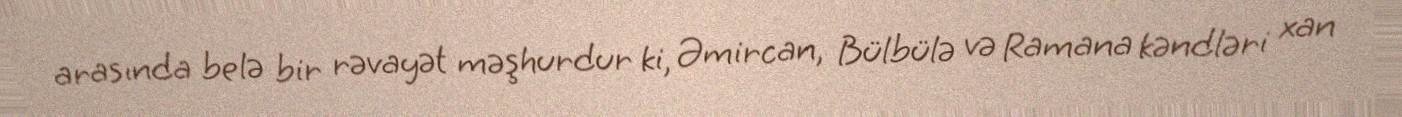
arasında belə bir rəvayət məşhurdur ki, Əmircan, Bülbülə və Ramana kəndləri xan